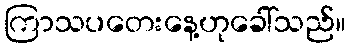
ကြာသပတေးနေ့ဟုခေါ်သည်။